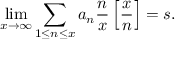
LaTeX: \operatorname* { l i m } _ { x \rightarrow \infty } \sum _ { 1 \leq n \leq x } a _ { n } { \frac { n } { x } } \left[ { \frac { x } { n } } \right] = s .